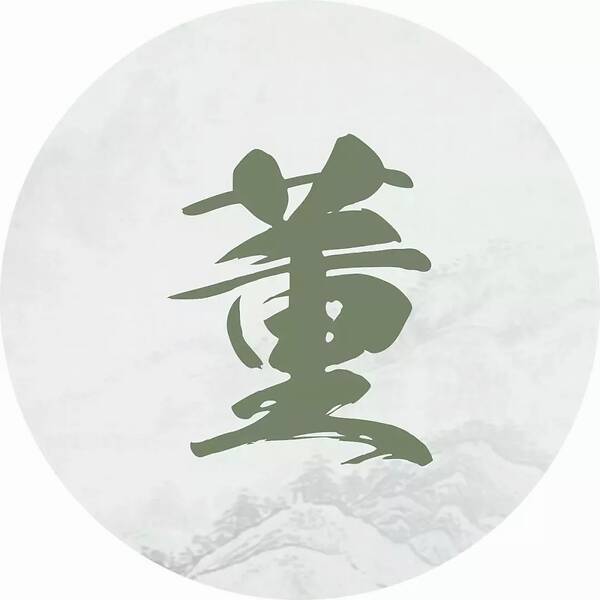
泰山不要欺毫末，颜子无心羡老彭。